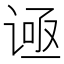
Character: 𬤅